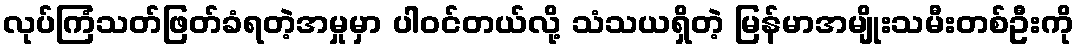
လုပ်ကြံသတ်ဖြတ်ခံရတဲ့အမှုမှာ ပါဝင်တယ်လို့ သံသယရှိတဲ့ မြန်မာအမျိုးသမီးတစ်ဦးကို